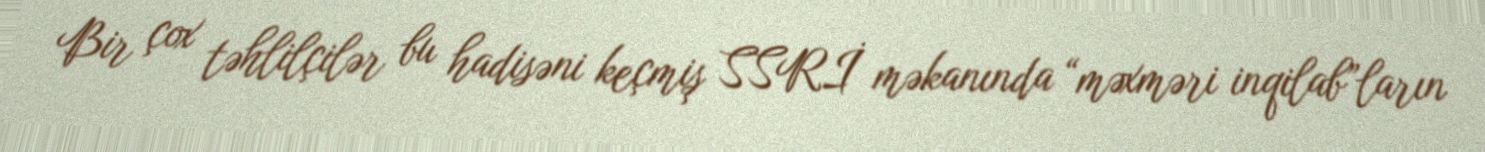
Bir çox təhlilçilər bu hadisəni keçmiş SSRİ məkanında “məxməri inqilab”ların